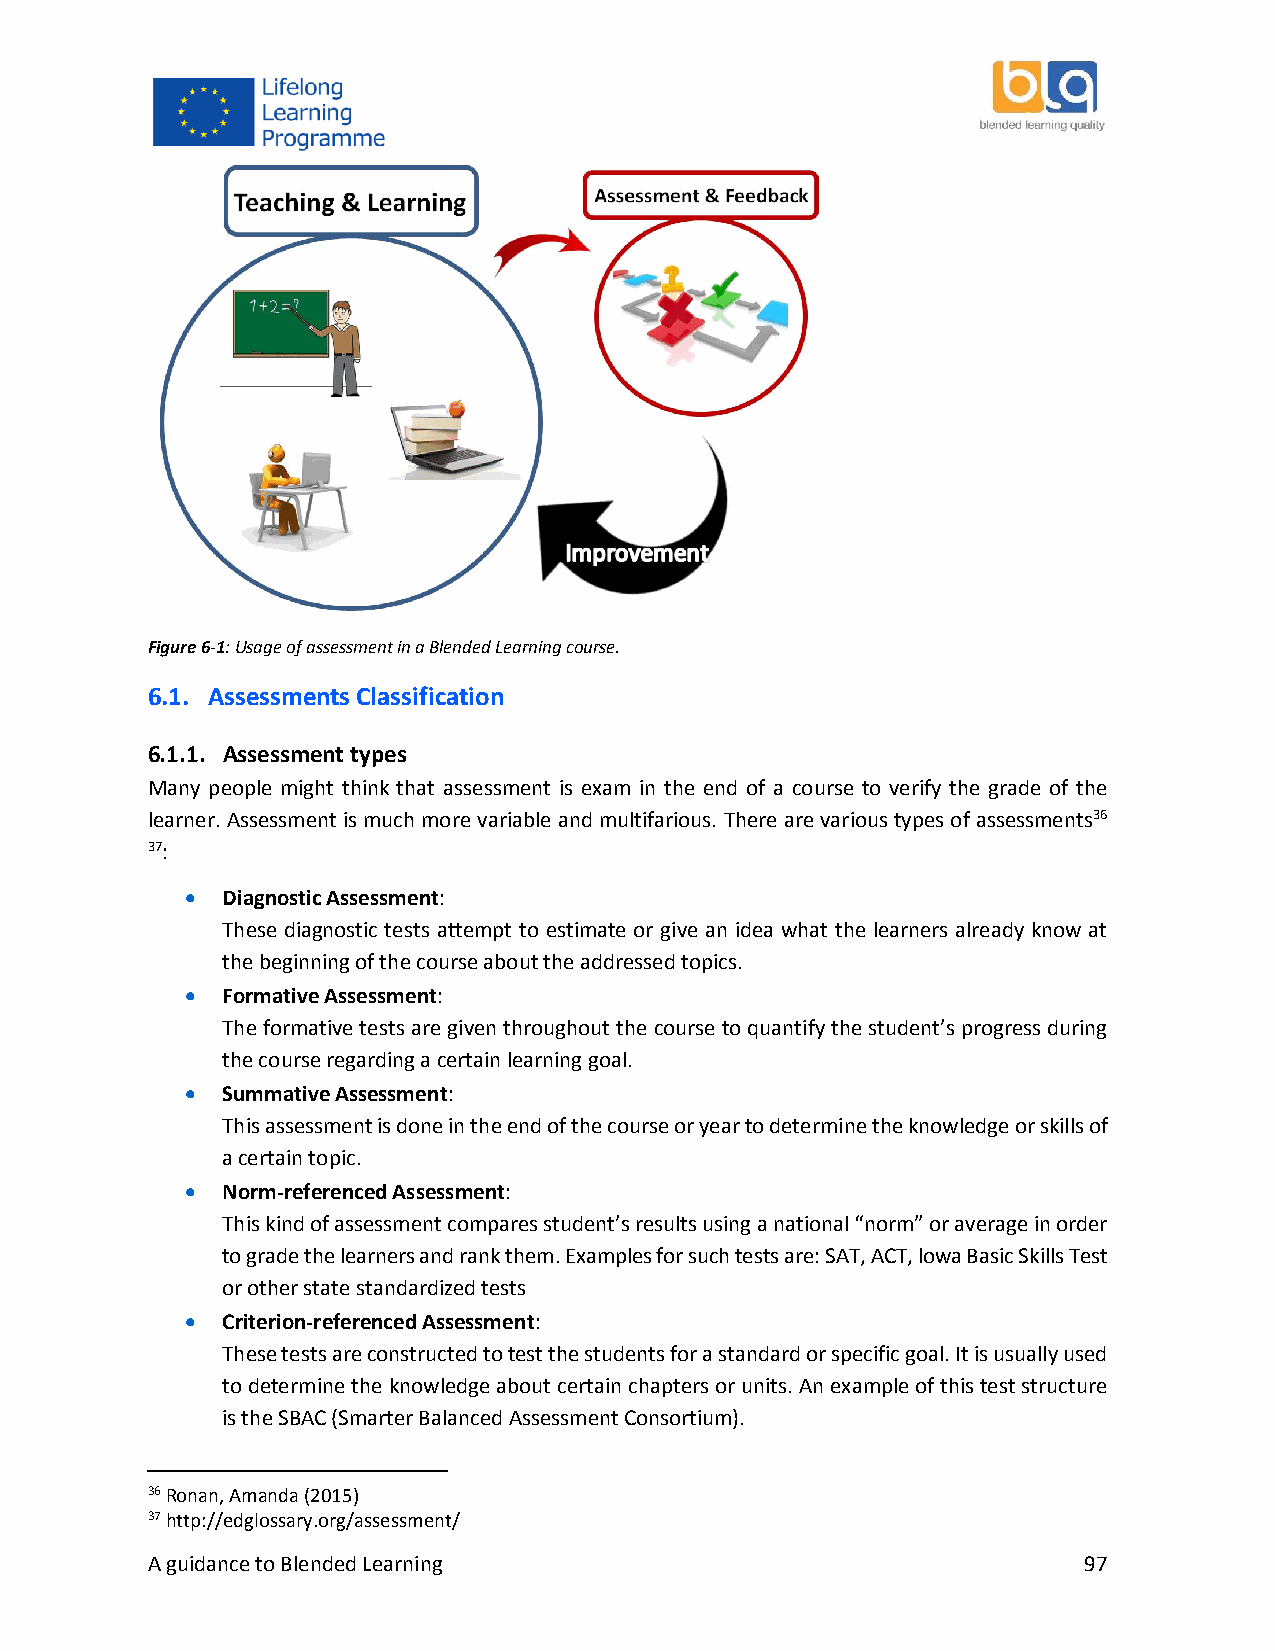
Figure 6-1: Usage of assessment in a Blended Learning course.
 6.1. Assessments Classification
 6.1.1. Assessment types
 Many people might think that assessment is exam in the end of a course to verify the grade of the
 learner. Assessment is much more variable and multifarious. There are various types of assessments36
 37:
   Diagnostic Assessment:
 These diagnostic tests attempt to estimate or give an idea what the learners already know at
 the beginning of the course about the addressed topics.
   Formative Assessment:
 The formative tests are given throughout the course to quantify the student’s progress during
 the course regarding a certain learning goal.
   Summative Assessment:
 This assessment is done in the end of the course or year to determine the knowledge or skills of
 a certain topic.
   Norm-referenced Assessment:
 This kind of assessment compares student’s results using a national “norm” or average in order
 to grade the learners and rank them. Examples for such tests are: SAT, ACT, lowa Basic Skills Test
 or other state standardized tests
   Criterion-referenced Assessment:
 These tests are constructed to test the students for a standard or specific goal. It is usually used
 to determine the knowledge about certain chapters or units. An example of this test structure
 is the SBAC (Smarter Balanced Assessment Consortium).
 36 Ronan, Amanda (2015)
 37 http://edglossary.org/assessment/
 A guidance to Blended Learning                                97